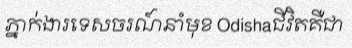
ភ្នាក់ងារទេសចរណ៍នាំមុខ Odishaជីវិតគឺជា